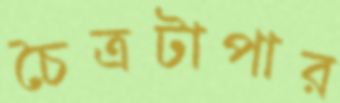
চৈত্রটাপার